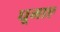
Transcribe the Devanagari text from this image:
घूमाए